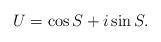
LaTeX: \begin{align*}\begin{array}{c}U=\cos{{S}}+i\sin{{S}}. \end{array} \end{align*}